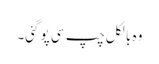
وہ بالکل چپ سی پو گئی۔